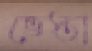
ভেস্তা